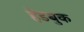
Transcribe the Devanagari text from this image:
हेंडबुक